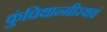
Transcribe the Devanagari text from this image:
कुंचिथान्ग्रीस्थवं